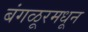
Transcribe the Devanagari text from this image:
बंगळूरमधून